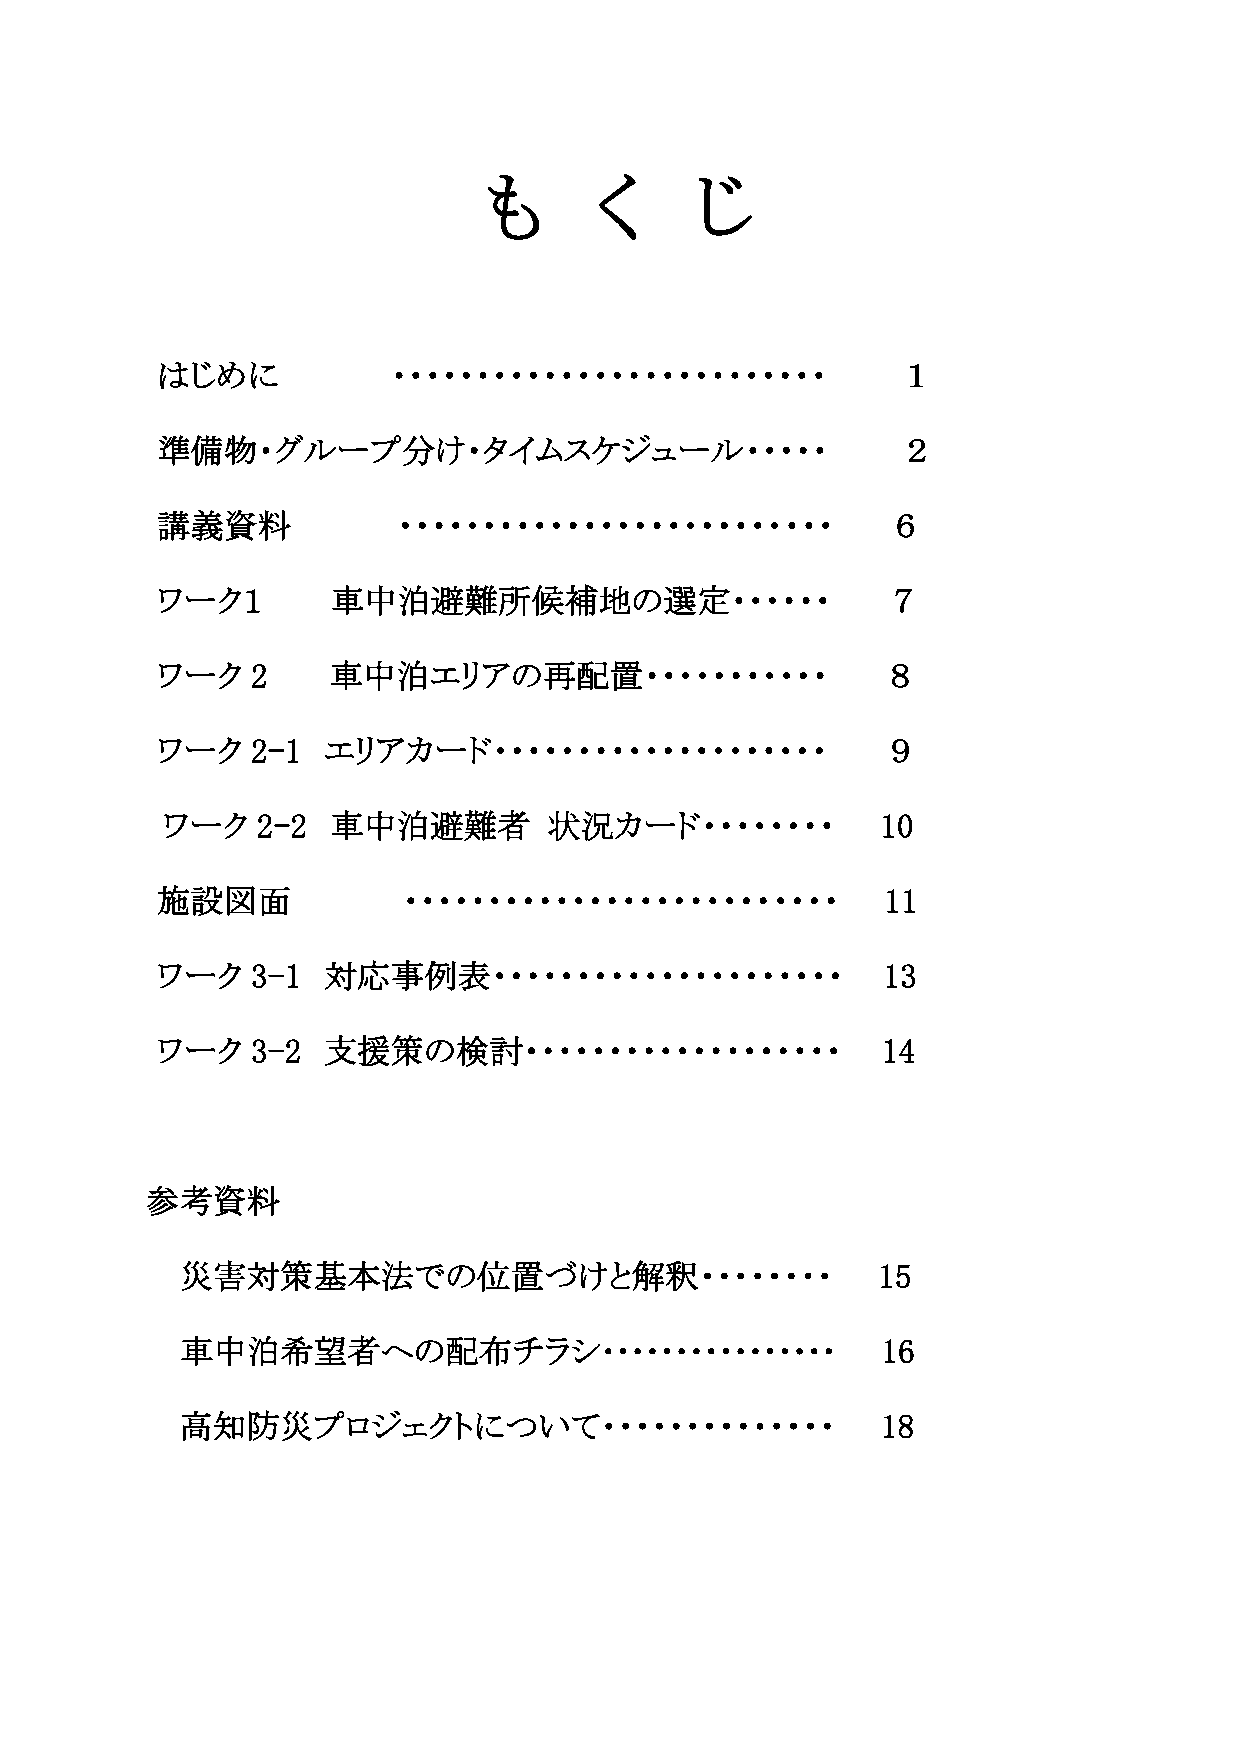
も      く      じ
 はじめに            ・・・・・・・・・・・・・・・・・・・・・・・・・・        １
 準備物・グループ分け・タイムスケジュール・・・・・                         ２
 講義資料            ・・・・・・・・・・・・・・・・・・・・・・・・・・       ６
 ワーク１        車中泊避難所候補            の選定・・・・・・        ７
 ワーク    2    車中泊エリアの再配置・・・・・・・・・・・                ８
 ワーク    2-1 エリアカード・・・・・・・・・・・・・・・・・・・・            ９
 ワーク   2-2  車中泊避難者        状況カード・・・・・・・・         10
 施設図面             ・・・・・・・・・・・・・・・・・・・・・・・・・・      11
 ワーク    3-1 対応事例表・・・・・・・・・・・・・・・・・・・・・           13
 ワーク    3-2 支援策の検討・・・・・・・・・・・・・・・・・・・            14
 参考資料
 災害対策基        法での位置づけと解釈・・・・・・・・               15
 車中泊希望者への配布チラシ････････････････                 16
 高知防災プロジェクトについて・・・・・・・・・・・・・・                  18